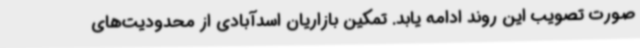
صورت تصویب این روند ادامه یابد. تمکین بازاریان اسدآبادی از محدودیت‌های